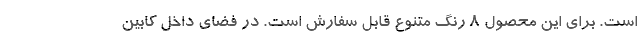
است. برای این محصول 8 رنگ متنوع قابل سفارش است. در فضای داخل کابین